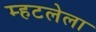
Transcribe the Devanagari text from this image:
म्हटलेला